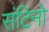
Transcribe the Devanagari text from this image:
संटिनो